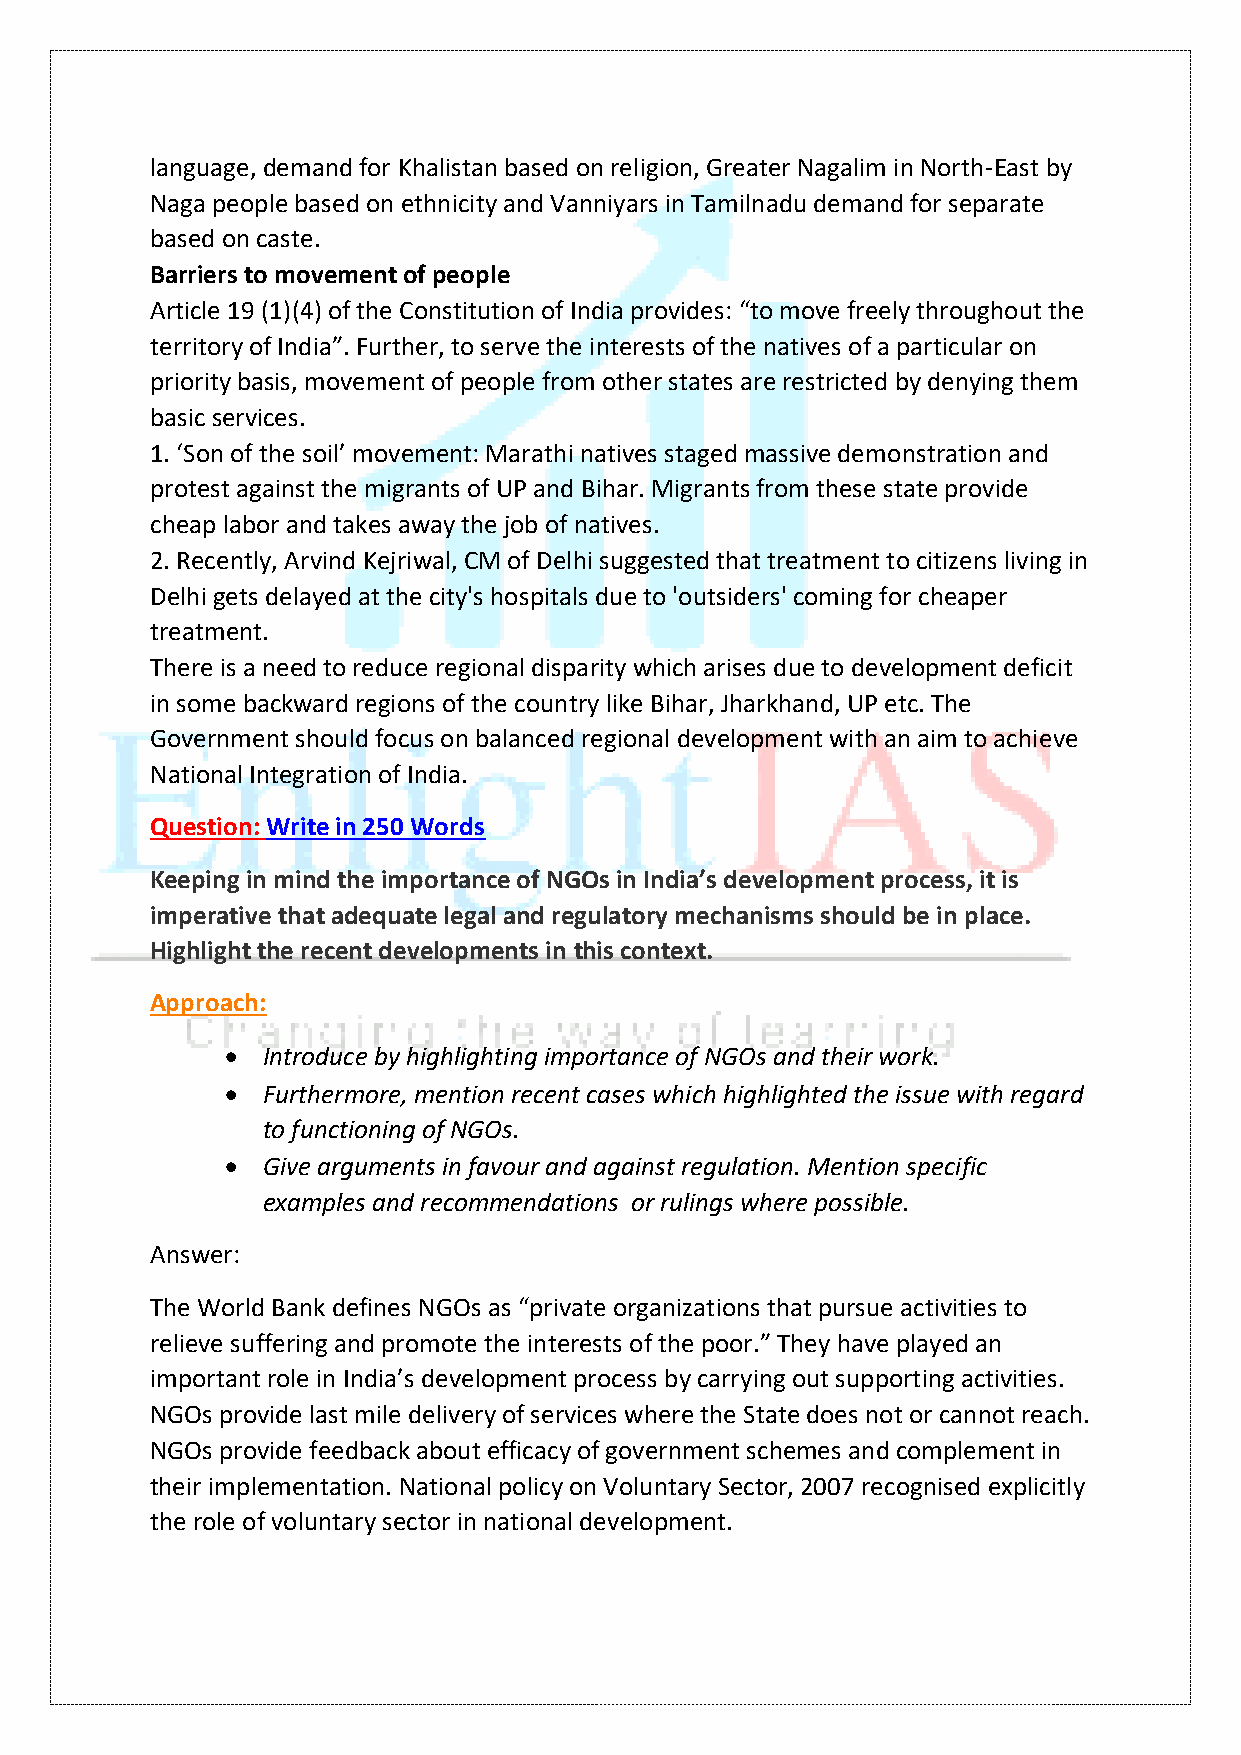
language, demand for Khalistan based on religion, Greater Nagalim in North-East by
 Naga people based on ethnicity and Vanniyars in Tamilnadu demand for separate
 based on caste.
 Barriers to movement of people
 Article 19 (1)(4) of the Constitution of India provides: “to move freely throughout the
 territory of India”. Further, to serve the interests of the natives of a particular on
 priority basis, movement of people from other states are restricted by denying them
 basic services.
 1. ‘Son of the soil’ movement: Marathi natives staged massive demonstration and
 protest against the migrants of UP and Bihar. Migrants from these state provide
 cheap labor and takes away the job of natives.
 2. Recently, Arvind Kejriwal, CM of Delhi suggested that treatment to citizens living in
 Delhi gets delayed at the city's hospitals due to 'outsiders' coming for cheaper
 treatment.
 There is a need to reduce regional disparity which arises due to development deficit
 in some backward regions of the country like Bihar, Jharkhand, UP etc. The
 Government should focus on balanced regional development with an aim to achieve
 National Integration of India.
 Question: Write in 250 Words
 Keeping in mind the importance of NGOs in India’s development process, it is
 imperative that adequate legal and regulatory mechanisms should be in place.
 Highlight the recent developments in this context.
 Approach:
 • Introduce by highlighting importance of NGOs and their work.
 • Furthermore, mention recent cases which highlighted the issue with regard
 to functioning of NGOs.
 • Give arguments in favour and against regulation. Mention specific
 examples and recommendations or rulings where possible.
 Answer:
 The World Bank defines NGOs as “private organizations that pursue activities to
 relieve suffering and promote the interests of the poor.” They have played an
 important role in India’s development process by carrying out supporting activities.
 NGOs provide last mile delivery of services where the State does not or cannot reach.
 NGOs provide feedback about efficacy of government schemes and complement in
 their implementation. National policy on Voluntary Sector, 2007 recognised explicitly
 the role of voluntary sector in national development.